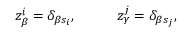
\begin{array} { r l r l } { z _ { \beta } ^ { i } = \delta _ { \beta s _ { i } } , } & { { } } & { } & { { } z _ { \gamma } ^ { j } = \delta _ { \beta s _ { j } } , } \end{array}